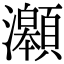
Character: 𤅆